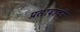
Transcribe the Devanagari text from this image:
प्रसादांची